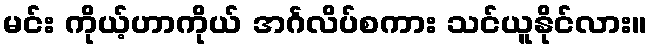
မင်း ကိုယ့်ဟာကိုယ် အင်္ဂလိပ်စကား သင်ယူနိုင်လား။